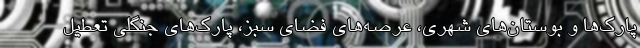
پارک‌ها و بوستان‌های شهری، عرصه‌های فضای سبز، پارک‌های جنگلی تعطیل